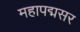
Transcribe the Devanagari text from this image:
महापद्मसर